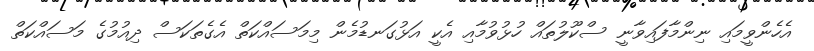
އެހެންވީމައި ނިންމާފައިވާނީ ސްކޫލުތައް ހުޅުވުމާއި އެކީ އަޅުގަނޑުމެން މިމަސައްކަތް އެގެތަކަސް ދިއުމުގެ މަސައްކަތް